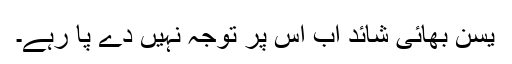
یٰسن بھائی شائد اب اس پر توجہ نہیں دے پا رہے۔